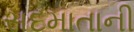
સદમાતાની